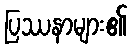
ပြဿနာများ၏